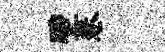
壁巷